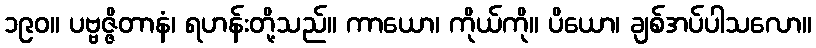
၁၉၀။ ပဗ္ဗဇ္ဇိတာနံ၊ ရဟန်းတို့သည်။ ကာယော၊ ကိုယ်ကို။ ပိယော၊ ချစ်အပ်ပါသလော။